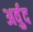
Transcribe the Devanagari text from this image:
अर्वुद